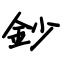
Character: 鈔